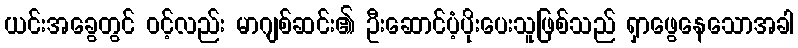
ယင်းအခွေတွင် ၀င့်လည်း မာဂျစ်ဆင်း၏ ဦးဆောင်ပံ့ပိုးပေးသူဖြစ်သည် ရှာဖွေနေသောအခါ